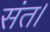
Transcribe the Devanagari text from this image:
संत।